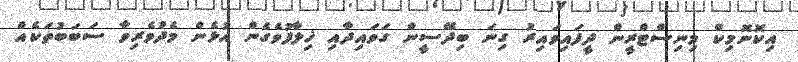
އިކޮނޮމިކް މިނިސްޓްރީން ދީފައިވައިރު ގިނަ ބިދޭސީން ގަވައިދާއި ޚިލާފުވެގެން އުޅެން މެދުވެރިވާ ސަބަބުތަކެއް